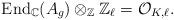
LaTeX: \begin{align*}\mathrm{End}_{\mathbb{C}}(A_g)\otimes_{\mathbb{Z}}\mathbb{Z}_\ell=\mathcal{O}_{K,\ell}.\end{align*}